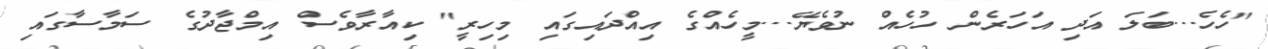
"ހެހެ...ބަލަ އަދި އަހަރެން ހުހެއް ނުވެޔޭ...މީހެއްގެ އިއްދައިގައި މިހިރީ" ކިއާރާވެސް އިމްޖާދުގެ ސަމާސާގައި